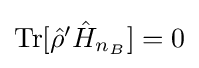
{\textstyle {\text{Tr}}[{\hat {\rho }}'{\hat {H}}_{n_{B}}]=0}